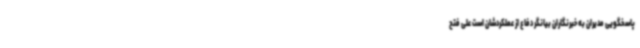
پاسخگویی مدیران به خبرنگاران بیانگر دفاع از عملکردشان است علی فتح